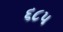
૬૮૫